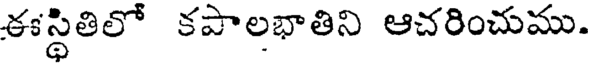
ఈస్థితిలో కపాలభాతిని ఆచరించుము.